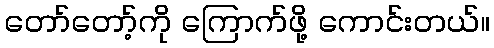
တော်တော့်ကို ကြောက်ဖို့ ကောင်းတယ်။